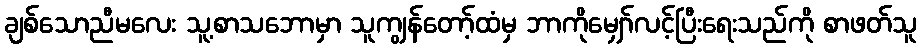
ချစ်သောညီမလေး သူ့စာသဘောမှာ သူကျွန်တော့်ထံမှ ဘာကိုမျှော်လင့်ပြီးရေးသည်ကို စာဖတ်သူ